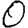
Digit: 0